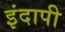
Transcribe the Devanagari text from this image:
इंदापी